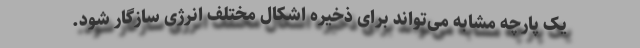
یک پارچه مشابه می‌تواند برای ذخیره اشکال مختلف انرژی سازگار شود.